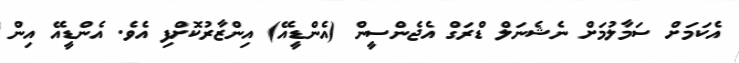
އެކަމަށް ސަމާލުމަށް ނެޝެނަލް ޑްރަގް އެޖެންސީން (އެންޑީއޭ) އިންޒާރުކޮށްފި އެވެ. އެންޑީއޭ އިން